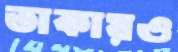
তাকায়ও